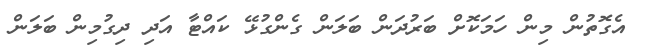
އެގޮތުން މިން ހަމަކޮށް ބަރުދަން ބަލަން ގެންގުޅޭ ކައްޓާ އަދި ދިގުމިން ބަލަން